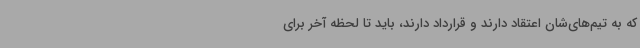
که به تیم‌های‌شان اعتقاد دارند و قرارداد دارند، باید تا لحظه آخر برای